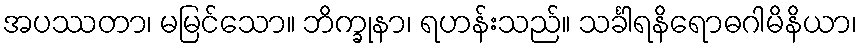
အပဿတာ၊ မမြင်သော။ ဘိက္ခုနာ၊ ရဟန်းသည်။ သင်္ခါရနိရောဓဂါမိနိယာ၊